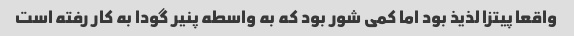
واقعا پیتزا لذیذ بود اما کمی شور بود که به واسطه پنیر گودا به کار رفته است